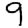
Digit: 9